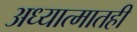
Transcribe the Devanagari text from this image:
अध्यात्मातही